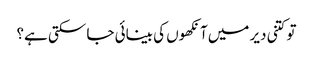
تو کتنی دیر میں‌آنکھوں کی بینائی جا سکتی ہے؟